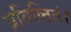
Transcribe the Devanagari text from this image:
प्रतिष्ठितं।